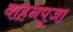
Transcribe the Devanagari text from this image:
वाहनपूजा